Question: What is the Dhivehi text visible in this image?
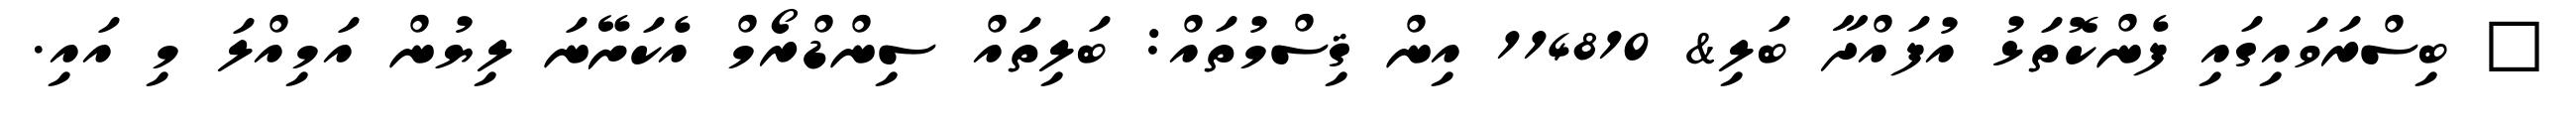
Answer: ? ބިސްރަވައިގައި ފެންކޮތަޅު އުފައްދާ ބަލި& 114810 އިން ޤިސްމުތައް: ބަލިތައް ސިންޑްރޯމް އެކަށޭނަ ލިޔުން އަމިއްލަ މި އައި.